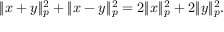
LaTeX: \| x + y \| _ { p } ^ { 2 } + \| x - y \| _ { p } ^ { 2 } = 2 \| x \| _ { p } ^ { 2 } + 2 \| y \| _ { p } ^ { 2 } .